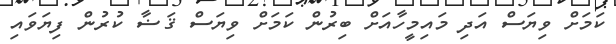
ކަމަށް ވިޔަސް އަދި މައިމީހާއަށް ބިރުން ކަމަށް ވިޔަސް ޤަޟާ ކުރުން ފިޔަވައި